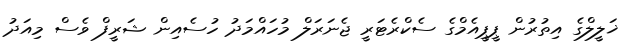
ޚަލީލްގެ އިތުރުން ޕީޕީއެމްގެ ސެކްރެޓަރީ ޖެނަރަލް މުހައްމަދު ހުސެއިން ޝަރީފް ވެސް މިއަދު